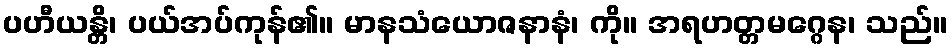
ပဟီယန္တိ၊ ပယ်အပ်ကုန်၏။ မာနသံယောဇနာနံ၊ ကို။ အရဟတ္တမဂ္ဂေန၊ သည်။